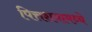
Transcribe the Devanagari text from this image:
पित्तशयामध्ये